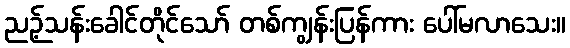
ညဉ့်သန်းခေါင်တိုင်သော် တစ်ကျွန်းပြန်ကား ပေါ်မလာသေး။